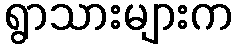
ရွာသားများက